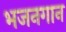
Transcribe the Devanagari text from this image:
भजनगान